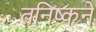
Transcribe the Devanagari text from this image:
तनिष्कने